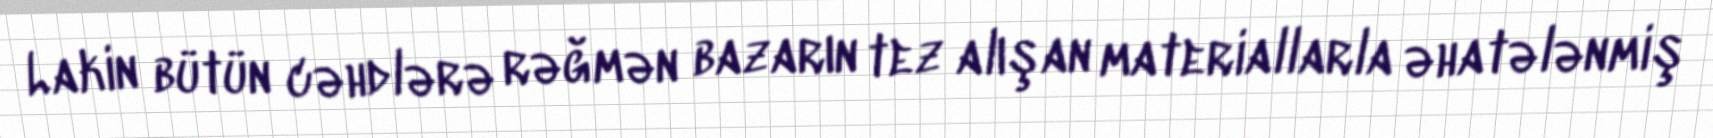
Lakin bütün cəhdlərə rəğmən bazarın tez alışan materiallarla əhatələnmiş